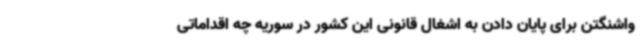
واشنگتن برای پایان دادن به اشغال قانونی این کشور در سوریه چه اقداماتی